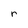
Character: r